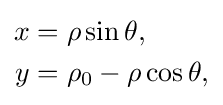
{\begin{aligned}x&=\rho \sin \theta ,\\y&=\rho _{0}-\rho \cos \theta ,\end{aligned}}